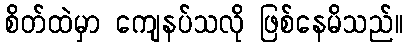
စိတ်ထဲမှာ ကျေနပ်သလို ဖြစ်နေမိသည်။